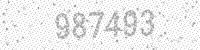
Solution: 987493